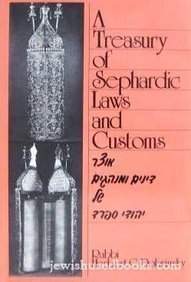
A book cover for A Treasury of Sephardic Laws and Customs; Herbert C. Dobrinsky; Religion & Spirituality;